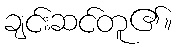
ချင်းဆင်တူ၏။